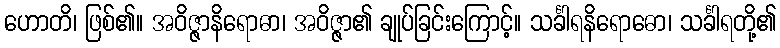
ဟောတိ၊ ဖြစ်၏။ အဝိဇ္ဇာနိရောဓာ၊ အဝိဇ္ဇာ၏ ချုပ်ခြင်းကြောင့်။ သင်္ခါရနိရောဓော၊ သင်္ခါရတို့၏